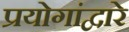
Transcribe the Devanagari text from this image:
प्रयोगांद्वारे